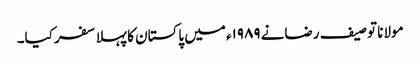
مولانا توصیف رضانے ۱۹۸۹ء میں پاکستان کا پہلا سفر کیا۔